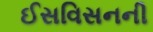
ઈસવિસનની